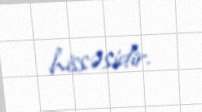
hissəsidir.